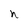
Character: h